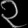
Digit: ၃